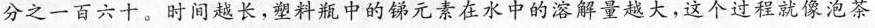
分之一百六十。时间越长，塑料瓶中的锑元素在水中的溶解量越大，这个过程就像泡茶